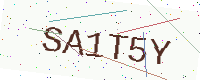
Text: SA1T5Y